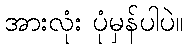
အားလုံး ပုံမှန်ပါပဲ။